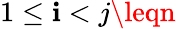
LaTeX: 1\leq\mathbf{i}<j\leqn